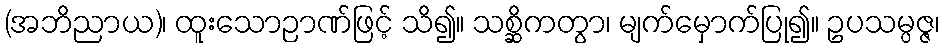
(အဘိညာယ)၊ ထူးသောဉာဏ်ဖြင့် သိ၍။ သစ္ဆိကတွာ၊ မျက်မှောက်ပြု၍။ ဥပသမ္ပဇ္ဇ၊